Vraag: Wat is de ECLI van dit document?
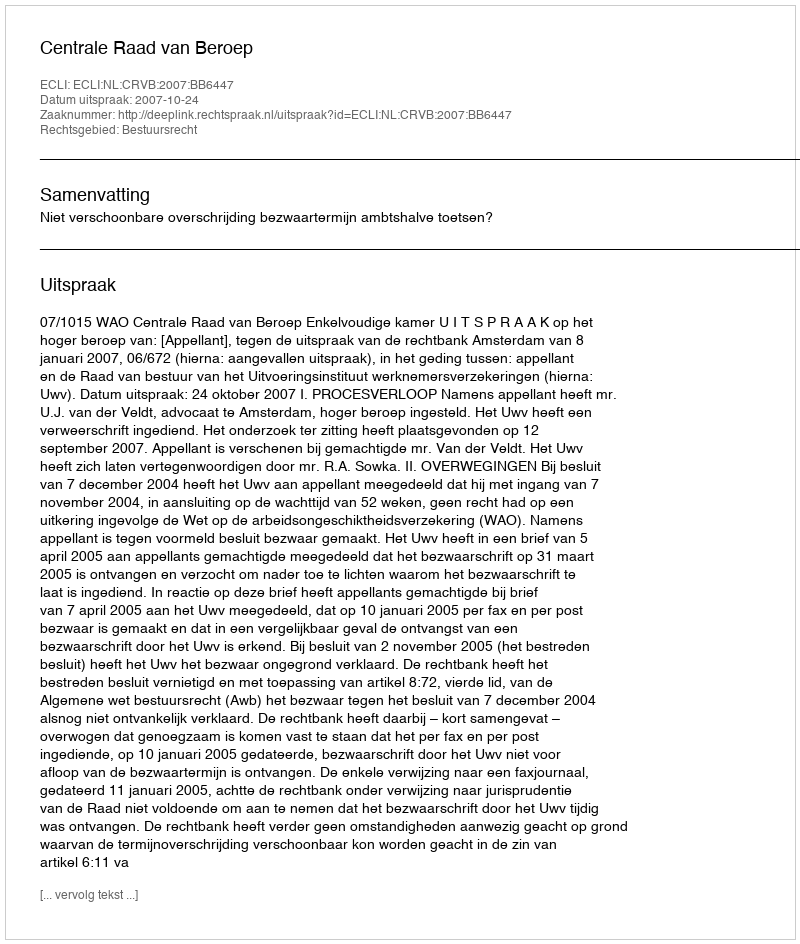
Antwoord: ECLI:NL:CRVB:2007:BB6447